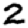
Digit: 2